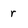
Character: r